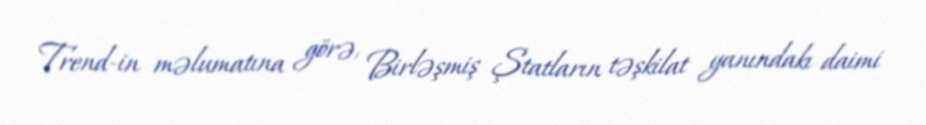
Trend-in məlumatına görə, Birləşmiş Ştatların təşkilat yanındakı daimi